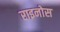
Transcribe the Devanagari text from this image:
राइनोस